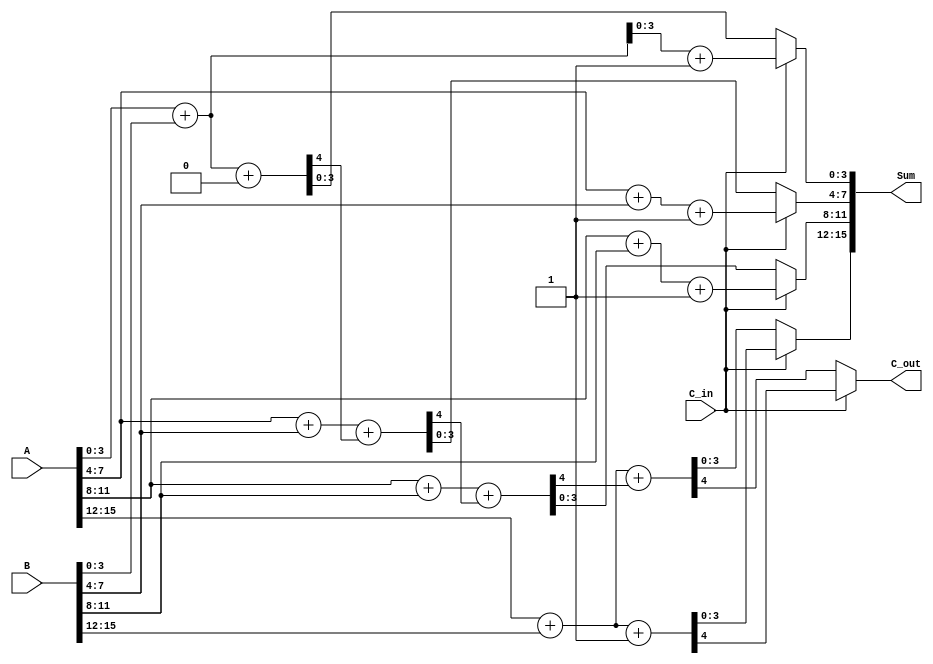
module dynamic_carry_select_adder (
    input [15:0] A,       // 16-bit input A
    input [15:0] B,       // 16-bit input B
    input C_in,           // Carry input
    output [15:0] Sum,    // 16-bit Sum output
    output C_out          // Carry output
);

    // Internal signals for the carry and sum
    wire [3:0] sum0, sum1; // Sums assuming C_in = 0 and C_in = 1
    wire c0, c1;           // Carry outputs for both cases
    wire select;           // Carry select signal

    // Segment 0 (LSB)
    assign {c0, sum0} = A[3:0] + B[3:0] + 0; // C_in = 0
    assign {c1, sum1} = A[3:0] + B[3:0] + 1; // C_in = 1

    // Segment 1
    wire [3:0] sum2, sum3;
    wire c2, c3;
    assign {c2, sum2} = A[7:4] + B[7:4] + c0; // C_in from segment 0
    assign {c3, sum3} = A[7:4] + B[7:4] + 1; // C_in = 1

    // Segment 2
    wire [3:0] sum4, sum5;
    wire c4, c5;
    assign {c4, sum4} = A[11:8] + B[11:8] + c2; // C_in from segment 1
    assign {c5, sum5} = A[11:8] + B[11:8] + 1; // C_in = 1

    // Segment 3 (MSB)
    wire [3:0] sum6, sum7;
    wire c6, c7;
    assign {c6, sum6} = A[15:12] + B[15:12] + c4; // C_in from segment 2
    assign {c7, sum7} = A[15:12] + B[15:12] + 1; // C_in = 1

    // Carry select logic
    assign select = C_in; // Select based on the actual carry-in
    assign Sum = {select ? sum7 : sum6, select ? sum5 : sum4, select ? sum3 : sum2, select ? sum1 : sum0};
    assign C_out = select ? c7 : c6;

endmodule